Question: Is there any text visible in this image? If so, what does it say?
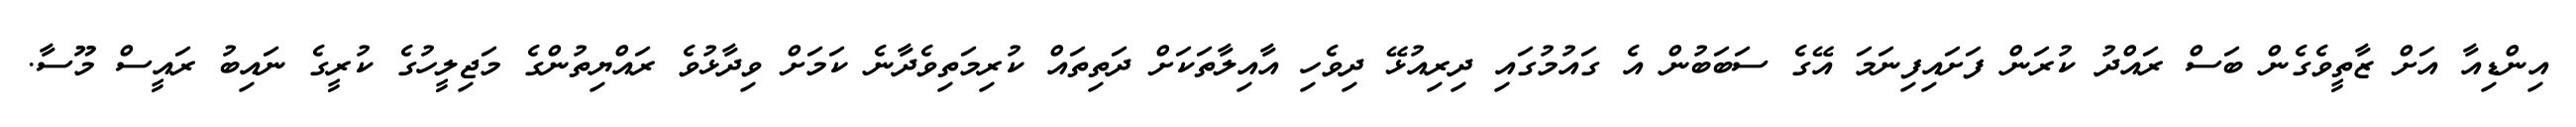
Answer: އިންޑިއާ އަށް ޒާތީވެގެން ބަސް ރައްދު ކުރަން ފަށައިފިނަމަ އޭގެ ސަބަބުން އެ ގައުމުގައި ދިރިއުޅޭ ދިވެހި އާއިލާތަކަށް ދަތިތައް ކުރިމަތިވެދާނެ ކަމަށް ވިދާޅުވެ ރައްޔިތުންގެ މަޖިލީހުގެ ކުރީގެ ނައިބު ރައީސް މޫސާ.